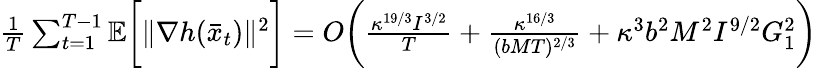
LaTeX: \begin{array}{r}{\frac{1}{T}\sum_{t=1}^{T-1}\mathbb{E}\bigg[\| \nabla h(\bar{x}_{t})\| ^{2}\bigg]=O\bigg(\frac{\kappa^{19/3}I^{3/2}}{T}+\frac{\kappa^{16/3}}{(bMT)^{2/3}}+\kappa^{3}b^{2}M^{2}I^{9/2}G_{1}^{2}\bigg)}\end{array}